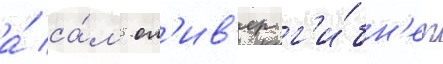
а́ са́м ол'ив'ер г'и́бн'ет